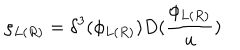
\rho _ { L ( R ) } = \delta ^ { 3 } ( \phi _ { L ( R ) } ) D ( \frac { \phi _ { L ( R ) } } u )